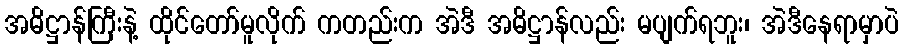
အဓိဋ္ဌာန်ကြီးနဲ့ ထိုင်တော်မူလိုက် ကတည်းက အဲဒီ အဓိဋ္ဌာန်လည်း မပျက်ရဘူး၊ အဲဒီနေရာမှာပဲ